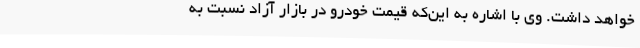
خواهد داشت. وی با اشاره به این‌که قیمت خودرو در بازار آزاد نسبت به